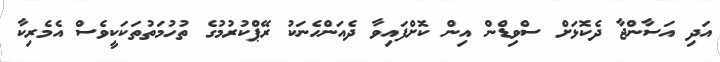
އަދި އަސާންޖާ ދެކޮޅަށް ސްވިޑްން އިން ކޮށްފައިވާ ދެއަންހެނަކު ރޭޕްކުރުމުގެ ތުހުމަތުތަކަކީވެސް އެމެރިކާ